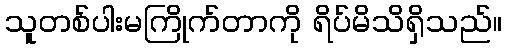
သူတစ်ပါးမကြိုက်တာကို ရိပ်မိသိရှိသည်။